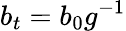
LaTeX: b_{t}=b_{0}g^{-1}